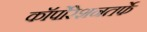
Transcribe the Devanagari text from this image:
कॉर्पोरेशनतर्फे